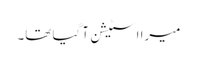
میرا اسٹیشن آ گیا تھا۔